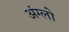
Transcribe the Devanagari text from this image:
अंग्लो